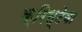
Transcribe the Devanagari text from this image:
क्रिस्टेवा